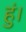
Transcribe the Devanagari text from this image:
हुं।